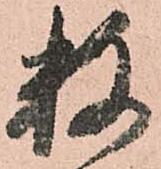
数